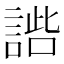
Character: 𧩢